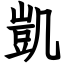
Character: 凱